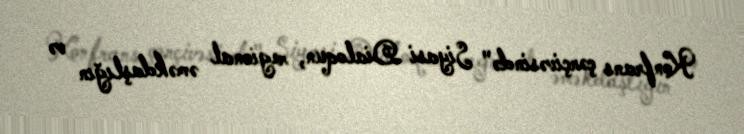
Konfrans çərçivəsində" Siyasi Dialoqun, regional əməkdaşlığın və